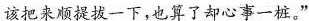
该把来顺提拔一下，也算了却心事一桩。”